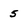
Character: 5